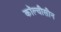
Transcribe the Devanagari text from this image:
कॉल्चीसीन